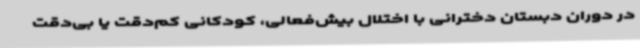
در دوران دبستان دخترانی با اختلال بیش‌فعالی، کودکانی کم‌دقت یا بی‌دقت